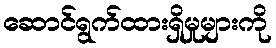
ဆောင်ရွက်ထားရှိမှုများကို